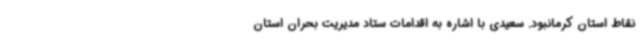
نقاط استان کرمانبود. سعیدی با اشاره به اقدامات ستاد مدیریت بحران استان